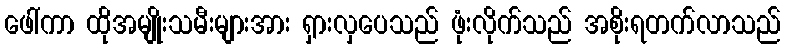
ဖေါ်ကာ ထိုအမျိုးသမီးများအား ရှားလှပေသည် ဖုံးလိုက်သည် အစိုးရတက်လာသည်